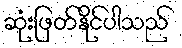
ဆုံးဖြတ်နိုင်ပါသည်